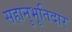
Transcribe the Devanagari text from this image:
सहानुभूतिदार